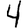
Digit: 4